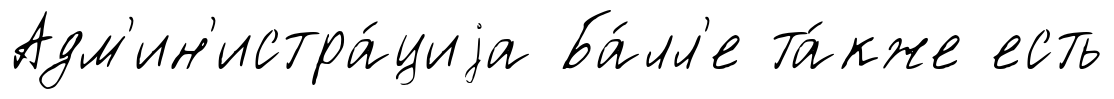
Адм'ин'истра́циjа Ба́лл'е та́кже есть